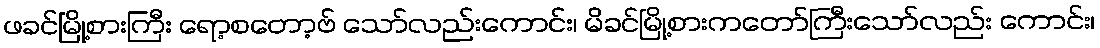
ဖခင်မြို့စားကြီး ရော့စတော့ဗ် သော်လည်းကောင်း၊ မိခင်မြို့စားကတော်ကြီးသော်လည်း ကောင်း၊